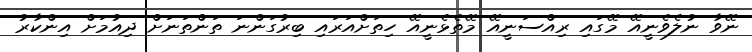
ނޭވާ ނުލެވެނީއޭ މޭގައި ރިއްސަނީއޭ މޭތެޅެނީއޭ ހިތަށްއަރައި ބިރުގަންނަ ތަންތަނަށް ދިއުމަށް އިންކާރު